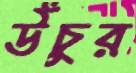
উঁচুর